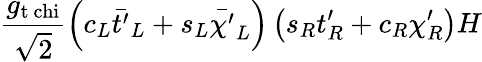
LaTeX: \frac{g_{\mathrm{t\ chi}}}{\sqrt{2}}\left(c_{L}\bar{t^{\prime}}_{L}+s_{L}\bar{\chi^{\prime}}_{L}\right)\left(s_{R}t_{R}^{\prime}+c_{R}\chi_{R}^{\prime}\right)H